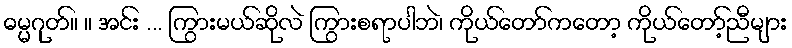
ဓမ္မဂုတ်။ ။ အင်း ... ကြွားမယ်ဆိုလဲ ကြွားစရာပါဘဲ၊ ကိုယ်တော်ကတော့ ကိုယ်တော့်ညီများ